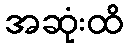
အဆုံးထိ